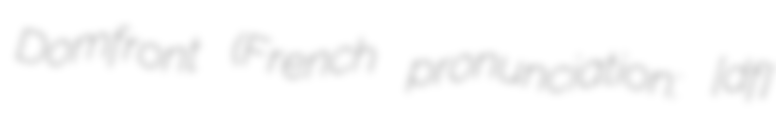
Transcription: Domfront (French pronunciation: [dɔ̃fʁɔ̃]